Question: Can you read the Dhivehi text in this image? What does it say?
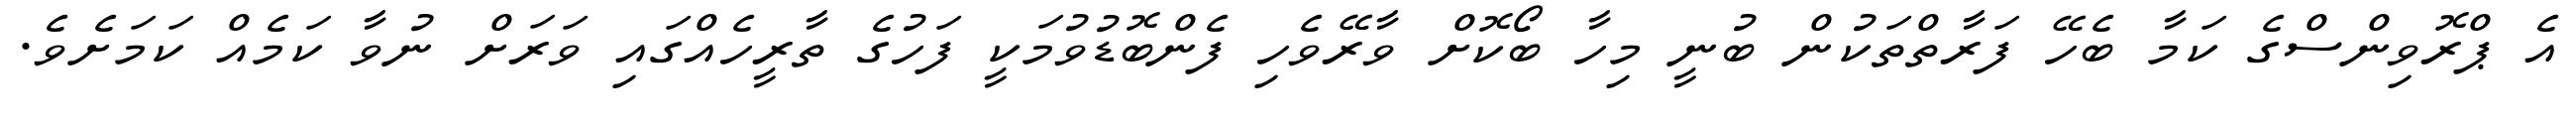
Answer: އެ ޕްރޮވިންސްގެ ކަމާ ބެހޭ ފަރާތްތަކުން ބުނީ މިހާ ބޯކޮށް ވާރޭވެހި ފެންބޮޑުވުމަކީ ފަހުގެ ތާރީހެއްގައި ވަރަށް ނުވާ ކަމެއް ކަމަށެވެ.